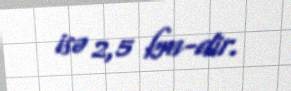
isə 2,5 km-dir.